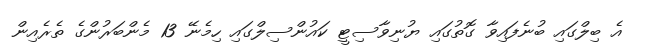
އެ ބިލްގައި ބުނެފައިވާ ގޮތުގައި ޔުނިވާސިޓީ ކައުންސިލްގައި ހިމެނޭ 13 މެންބަރުންގެ ތެރެއިން